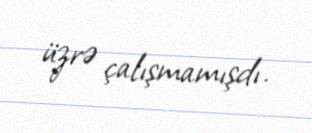
üzrə çalışmamışdı.